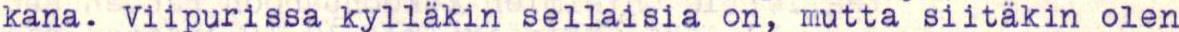
kana. Viipurissa kylläkin sellaisia on, mutta siitäkin olen